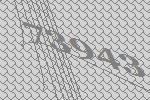
73943